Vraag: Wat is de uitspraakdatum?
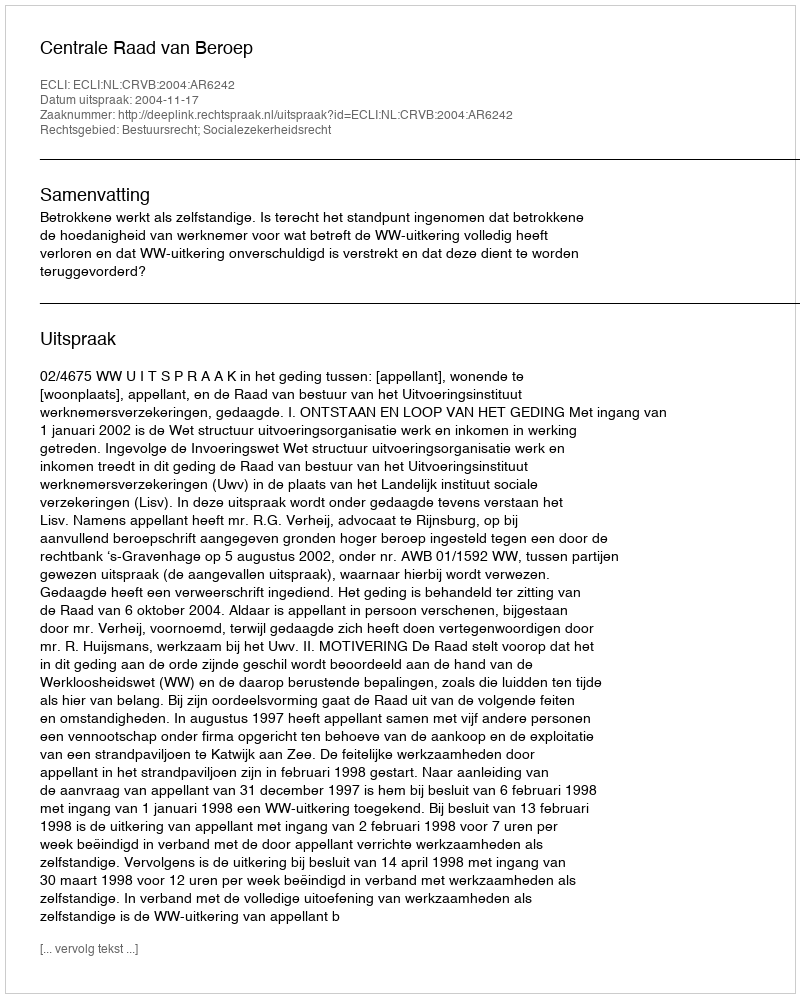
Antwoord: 2004-11-17